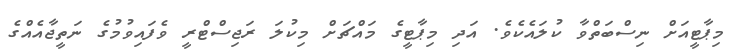
މިޕާޓީއަށް ނިސްބަތްވާ ކުލައެކެވެ. އަދި މިޕާޓީގެ މައްޗަށް މިކުލަ ރަޖިސްޓްރީ ވެފައިވުމުގެ ނަތީޖާއެއްގެ